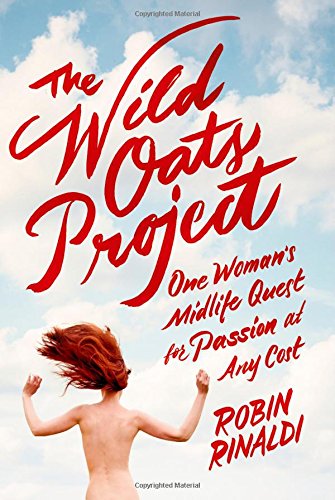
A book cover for The Wild Oats Project: One Woman's Midlife Quest for Passion at Any Cost; Robin Rinaldi; Self-Help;